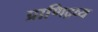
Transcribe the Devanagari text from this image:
प्राणिद्रव्य